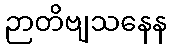
ဉာတိဗျသနေန